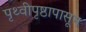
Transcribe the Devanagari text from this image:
पृथ्वीपृष्ठापासून